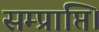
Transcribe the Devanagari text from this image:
सम्प्राप्ति।